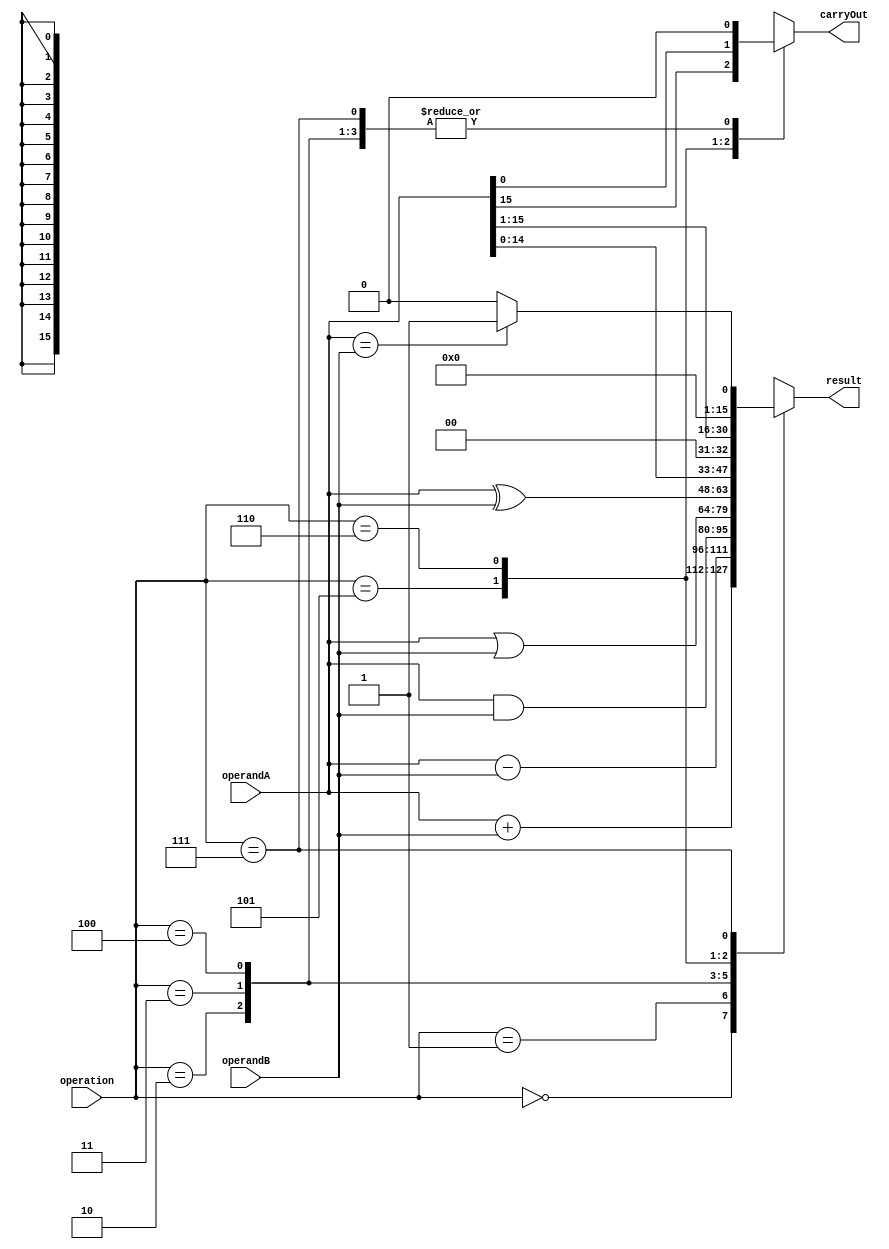
module ALU(
    input [15:0] operandA,
    input [15:0] operandB,
    input [2:0] operation,
    output reg [15:0] result,
    output reg carryOut
);

always @(operandA, operandB, operation)
begin
    case(operation)
        3'b000: begin // ADD operation
            result = operandA + operandB;
            carryOut = (result[16] == 1);
        end
        3'b001: begin // SUB operation
            result = operandA - operandB;
            carryOut = (result[16] == 1);
        end
        3'b010: begin // AND operation
            result = operandA & operandB;
            carryOut = 0;
        end
        3'b011: begin // OR operation
            result = operandA | operandB;
            carryOut = 0;
        end
        3'b100: begin // XOR operation
            result = operandA ^ operandB;
            carryOut = 0;
        end
        3'b101: begin // Shift Left operation
            result = operandA << 1;
            carryOut = operandA[15];
        end
        3'b110: begin // Shift Right operation
            result = operandA >> 1;
            carryOut = operandA[0];
        end
        3'b111: begin // Comparison operation
            if(operandA == operandB)
                result = 16'b1;
            else
                result = 16'b0;
            carryOut = 0;
        end
    endcase
end
endmodule